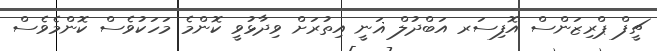
ޗީފް ޕްރިޒަންސް އޮފިސަރ އަބްދުލް ޣަނީ އިތުރަށް ވިދާޅުވީ ކޮންމެ މަހަކުވެސް ކޮންމެވެސް